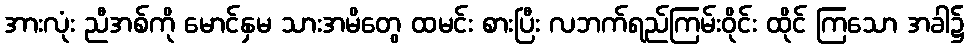
အားလုံး ညီအစ်ကို မောင်နှမ သားအမိတွေ ထမင်း စားပြီး လဘက်ရည်ကြမ်းဝိုင်း ထိုင် ကြသော အခါ၌